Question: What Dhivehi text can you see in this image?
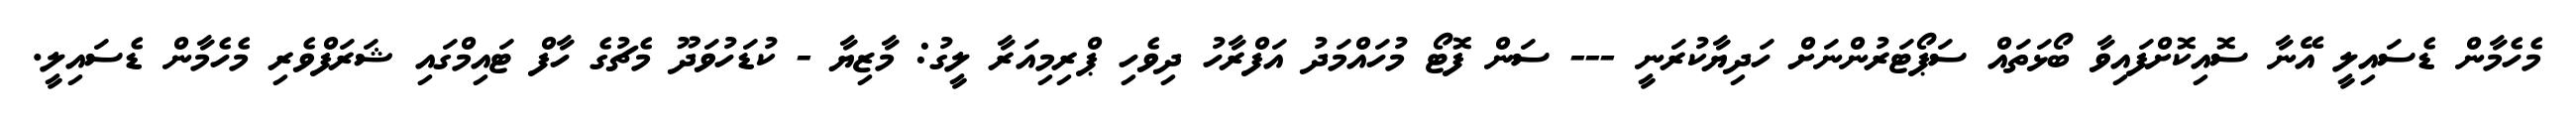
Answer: މެހެމާން ޑެސައިލީ އޭނާ ސޮއިކޮށްފައިވާ ބޯޅަތައް ސަޕޯޓަރުންނަށް ހަދިޔާކުރަނީ --- ސަން ފޮޓޯ މުހައްމަދު އަފްރާހު ދިވެހި ޕްރިމިއަރާ ލީގު: މާޒިޔާ - ކުޑަހުވަދޫ މެޗުގެ ހާފް ޓައިމްގައި ޝަރަފްވެރި މެހެމާން ޑެސައިލީ.